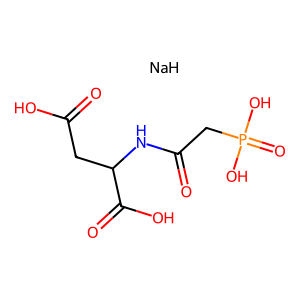
SMILES: O=C(O)CC(NC(=O)CP(=O)(O)O)C(=O)O.[NaH]
Inhibits HIV replication: No